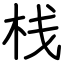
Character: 栈